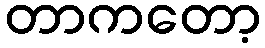
တာကတော့